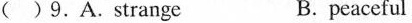
( )9.A.Strange B. peaceful